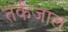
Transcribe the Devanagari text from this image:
तर्कजाल